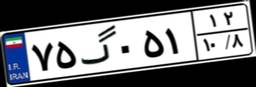
۷۵گ۰۵۱۱۲